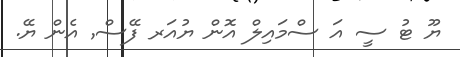
ޔޫ ޓު ސީ އަ ސްމައިލް އޮން ޔުއަރ ފޭސް